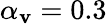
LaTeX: \alpha_{\mathbf{v}}=0.3